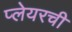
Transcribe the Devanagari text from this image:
प्लेयरची